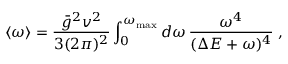
\langle \omega \rangle = \frac { \bar { g } ^ { 2 } v ^ { 2 } } { 3 ( 2 \pi ) ^ { 2 } } \int _ { 0 } ^ { \omega _ { \mathrm { m a x } } } d \omega \, \frac { \omega ^ { 4 } } { ( \Delta E + \omega ) ^ { 4 } } \; ,